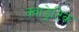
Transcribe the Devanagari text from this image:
क्वाड्रेटिक